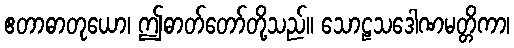
ဧတာဓာတုယော၊ ဤဓာတ်တော်တို့သည်။ သောဠသဒေါဏမတ္တိကာ၊